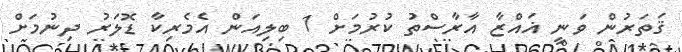
ޤަތަރުން ވަނީ ޣައްޒާ އާރާސްތު ކުރުމަށް 1 ބިލިއަން އެމެރިކާ ޑޮލަރު ދިނުމަށް